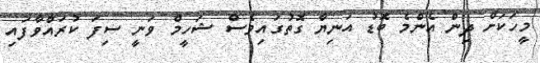
މީހަކަށް ދިން އެންމެ ބޮޑު އަނިޔާ ގޮތުގައިވެސް ޝަހީމް ވަނީ ސިފަ ކުރައްވާފައި